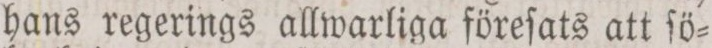
hans regerings allwarliga föreſats att ſö=